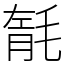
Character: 毻